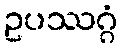
ဥပဿဂ္ဂံ